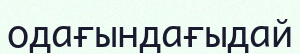
одағындағыдай